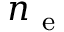
n _ { \mathrm { ~ e ~ } }